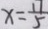
x = \frac { 1 1 } { 5 }